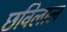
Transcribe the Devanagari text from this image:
छविलाल